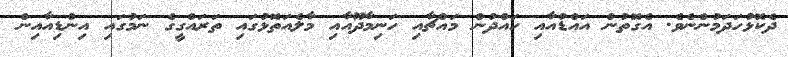
ދެކޮޅުހަދަމުންނެވެ. އެގޮތުން އައްޑުއާއި ހައްދުން މައްޗާއި ހަނިމާދޫއާއި މާލެއަތޮޅުގައި ތަރައްގީގެ ނަމުގައި އިންޑިއާއިން